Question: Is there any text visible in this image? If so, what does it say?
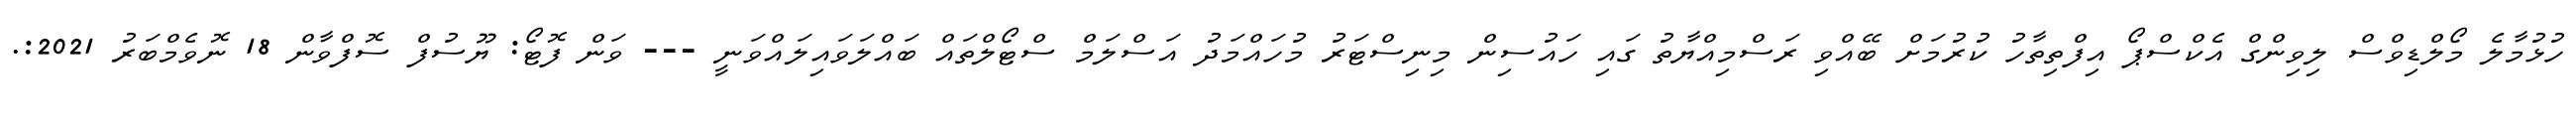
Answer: ހުޅުމާލެ މޯލްޑިވްސް ލިވިންގް އެކްސްޕޯ އިފްތިތާހު ކުރުމަށް ބޭއްވި ރަސްމިއްޔާތު ގައި ހައުސިން މިނިސްޓަރު މުހައްމަދު އަސްލަމް ސްޓޯލްތައް ބައްލަވައިލައްވަނީ --- ވަން ފޮޓޯ: ޔޫސުފް ސޮފްވާން 18 ނޮވެމްބަރު 2021:.